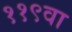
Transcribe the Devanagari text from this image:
११९वा